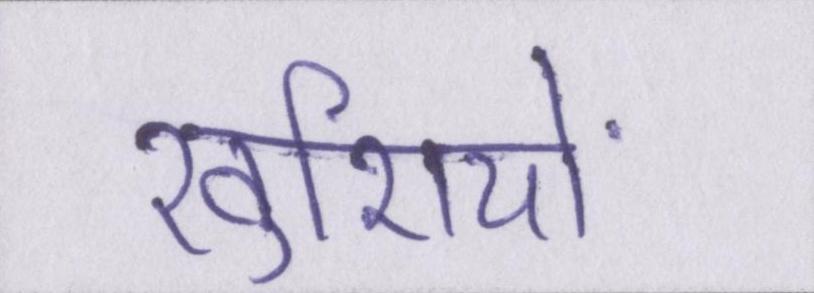
खुशियों